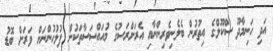
އަދި ހަނިމާދޫ ސްކޫލްގެ އިތުރުން ބެލެނިވެރިންނާއި އެރަށްރަސުގެ މުއައްސަސާތަކުން ފުލުހުންނަށް ވަރަށް ބޮޑު